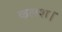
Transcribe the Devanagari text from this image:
कलश।